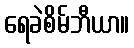
ရေခဲစိမ်ဘီယာ။